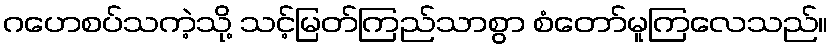
ဂဟေစပ်သကဲ့သို့ သင့်မြတ်ကြည်သာစွာ စံတော်မူကြလေသည်။